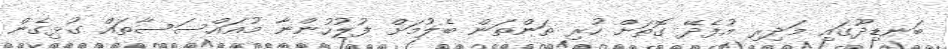
ބަނޑިދޫގައި މަދިރި އުފެދޭ ގޮތަށް ހުރި ތަންތަން ބެލުމަށް ފުލުހުންނާ މުއައްސަސާތައް ގުޅިގެން